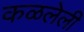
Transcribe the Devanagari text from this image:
कळलेली